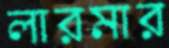
লারমার